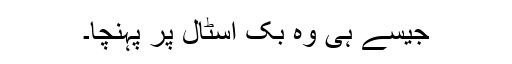
جیسے ہی وہ بک اسٹال پر پہنچا۔